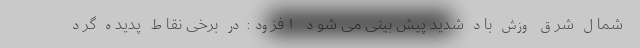
شمال شرق وزش باد شدید پیش بینی می شود افزود: در برخی نقاط پدیده گرد